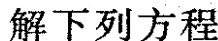
解下列方程